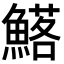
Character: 𮬉